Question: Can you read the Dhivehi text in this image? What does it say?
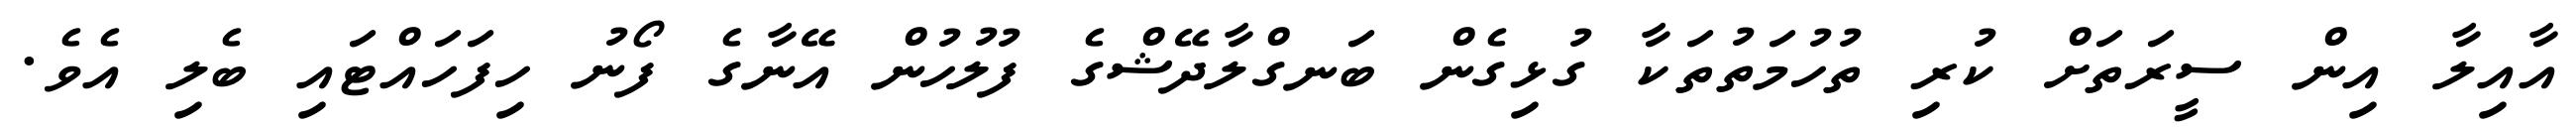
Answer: އާއިލާ އިން ސީރަތަށް ކުރި ތުހުމަތުތަކާ ގުޅިގެން ބަނގްލާދޭޝްގެ ފުލުހުން އޭނާގެ ފޯނު ހިފަހައްޓައި ބެލި އެވެ.